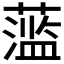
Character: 𬞫